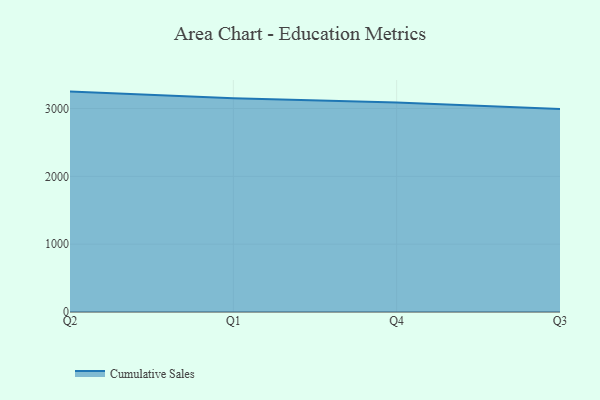
{"axis": {"x": "Quarter", "y": "Backlog"}, "legend": ["Cumulative Sales"], "data": [{"x": "Q2", "y": 3249.0, "type": "Cumulative Sales"}, {"x": "Q1", "y": 3150.7, "type": "Cumulative Sales"}, {"x": "Q4", "y": 3088.4, "type": "Cumulative Sales"}, {"x": "Q3", "y": 2993.4, "type": "Cumulative Sales"}]}